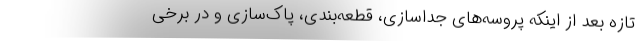
تازه بعد از اینکه پروسه‌های جداسازی، قطعه‌بندی، پاک‌سازی و در برخی